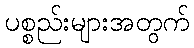
ပစ္စည်းများအတွက်